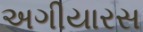
અગીયારસ